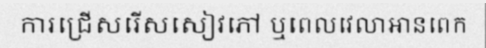
ការជ្រើសរើសសៀវភៅ ឬពេលវេលាអានពេក